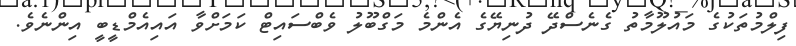
ފިލްމުތަކުގެ މައުލޫމާތު ގެނެސްދޭ ދުނިޔޭގެ އެންމެ މަގްބޫލު ވެބްސައިޓް ކަމަށްވާ އައިއެމްޑީބީ އިންނެވެ.